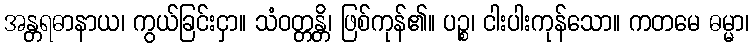
အန္တရဓာနာယ၊ ကွယ်ခြင်းငှာ။ သံဝတ္တန္တိ၊ ဖြစ်ကုန်၏။ ပဉ္စ၊ ငါးပါးကုန်သော။ ကတမေ ဓမ္မာ၊